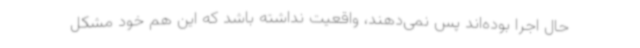
حال اجرا بوده‌اند پس نمی‌دهند، واقعیت نداشته باشد که این هم خود مشکل